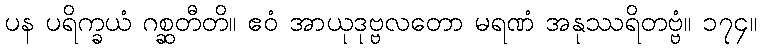
ပန ပရိက္ခယံ ဂစ္ဆတီတိ။ ဧဝံ အာယုဒုဗ္ဗလတော မရဏံ အနုဿရိတဗ္ဗံ။ ၁၇၄။